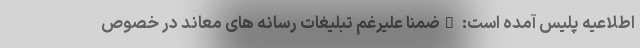
اطلاعیه پلیس آمده است: "ضمنا علیرغم تبلیغات رسانه های معاند در خصوص